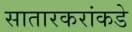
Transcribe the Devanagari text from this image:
सातारकरांकडे